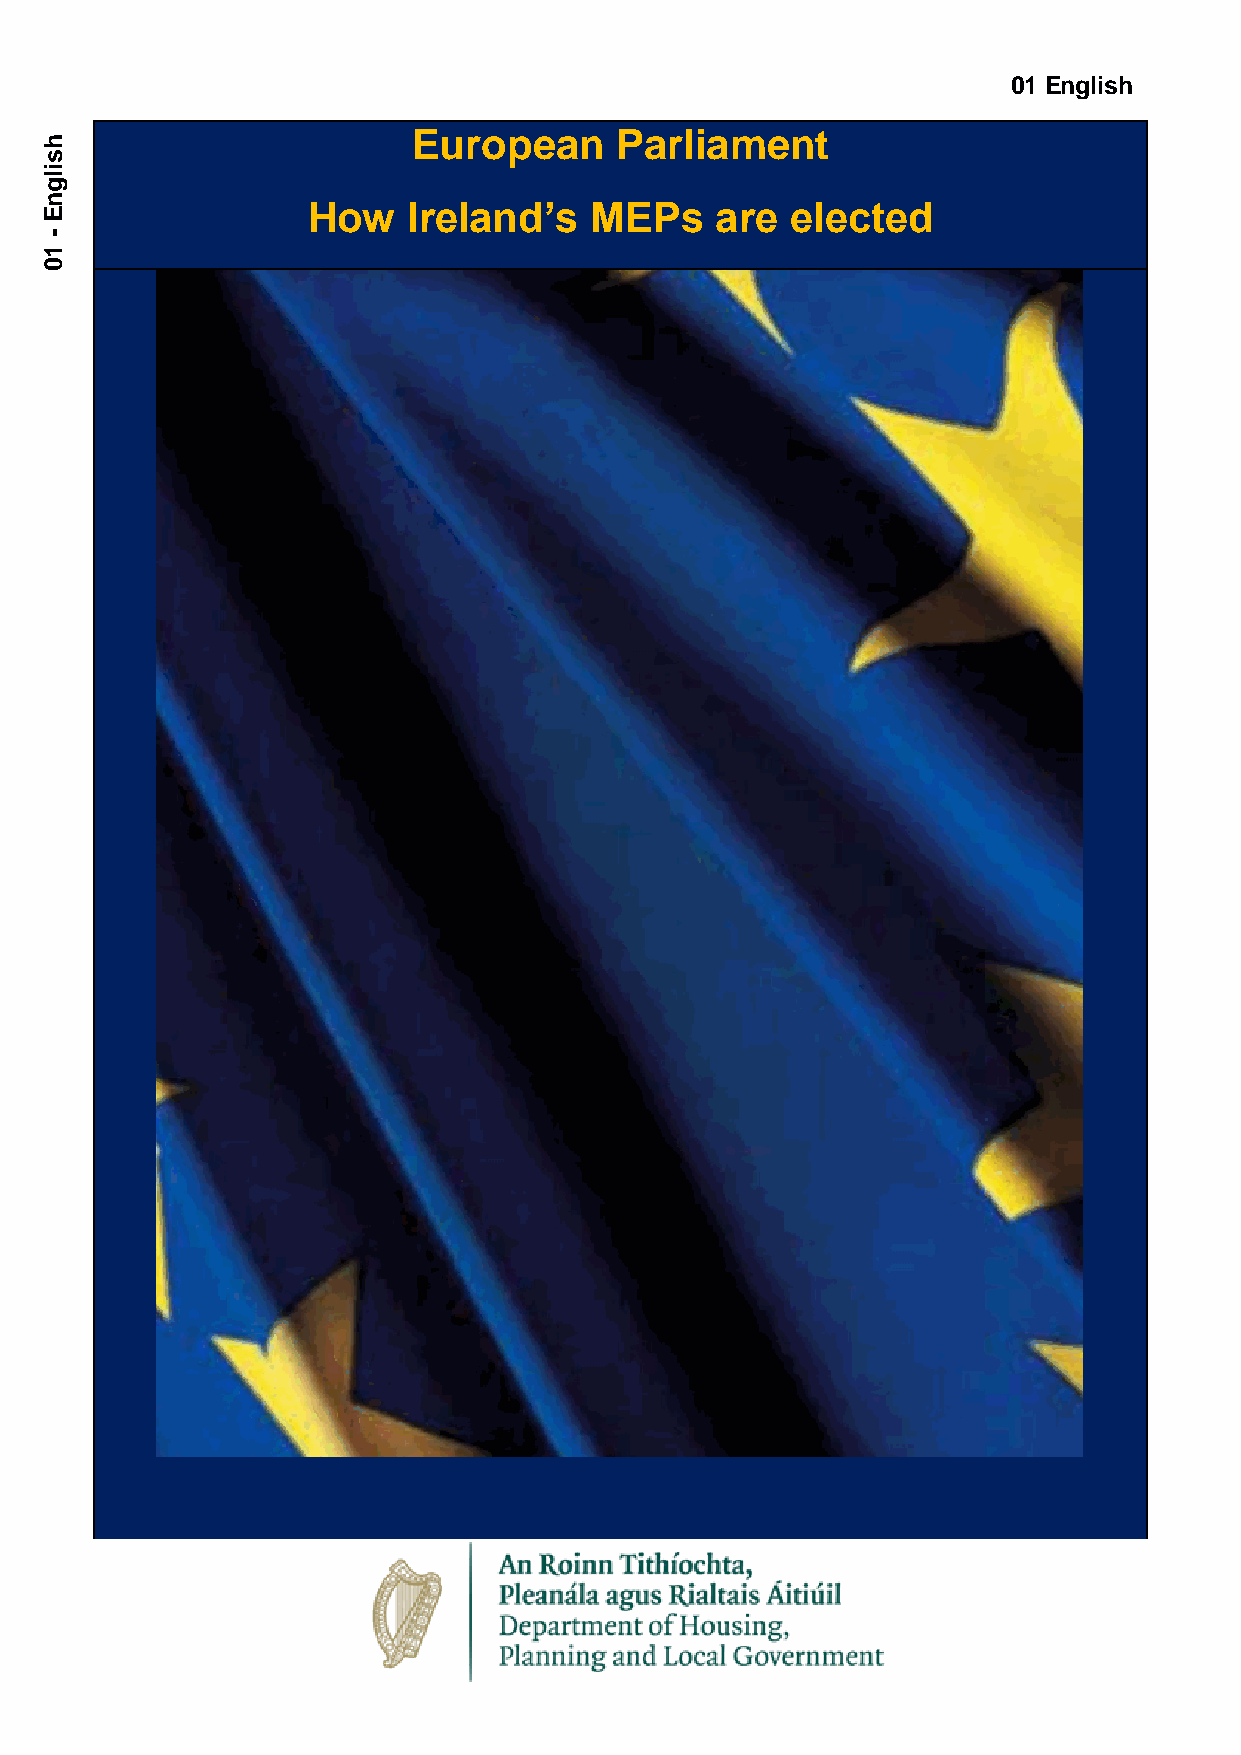
01 English
 h
 European      Parliament
 s
 i
 l
 g
 n
 How    Ireland’s   MEPs    are  elected
 E
 -
 1
 0